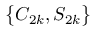
\big \{ C _ { 2 k } , S _ { 2 k } \big \}